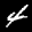
Label: 4